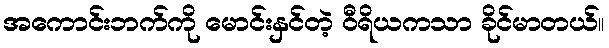
အကောင်းဘက်ကို မောင်းနှင်တဲ့ ဝီရိယကသာ ခိုင်မာတယ်။